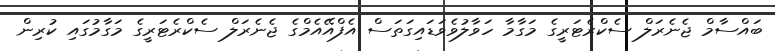
ބައްސާމް ޖެނެރަލް ސެކްރެޓަރީގެ މަގާމާ ހަވާލުވެވަޑައިގަތަސް އެފްއޭއެމްގެ ޖެނެރަލް ސެކްރެޓަރީގެ މަގާމުގައި ކުރިން